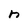
Character: n